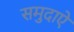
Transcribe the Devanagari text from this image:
समुदाऐ